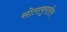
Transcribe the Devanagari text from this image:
सोलापूरातील